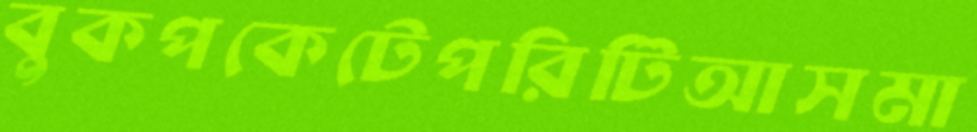
বুকপকেটেপরিটিআসমা